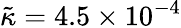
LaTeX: \tilde{\kappa}=4.5\times 10^{-4}